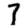
Digit: 7